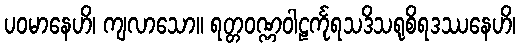
ပဝမာနေဟိ၊ ကျလာသော။ ရတ္တဝဏ္ဏဝါဠင်္ကုရသဒိသရုစိရဒဿနေဟိ၊